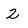
Character: 2